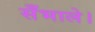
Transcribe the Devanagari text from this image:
सँभाले।